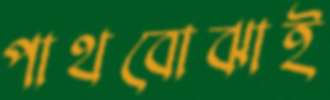
পাথবোঝাই